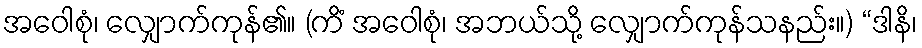
အဝေါစုံ၊ လျှောက်ကုန်၏။ (ကိံ အဝေါစုံ၊ အဘယ်သို့ လျှောက်ကုန်သနည်း။) “ဒါနိ၊